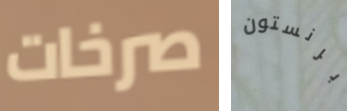
صرخات برنستون